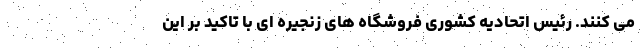
می کنند. رئیس اتحادیه کشوری فروشگاه های زنجیره ای با تاکید بر این